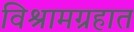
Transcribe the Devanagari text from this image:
विश्रामग्रहात